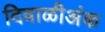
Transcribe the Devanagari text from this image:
दिवाळीअंक